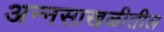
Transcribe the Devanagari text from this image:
अन्नसाखळीतील